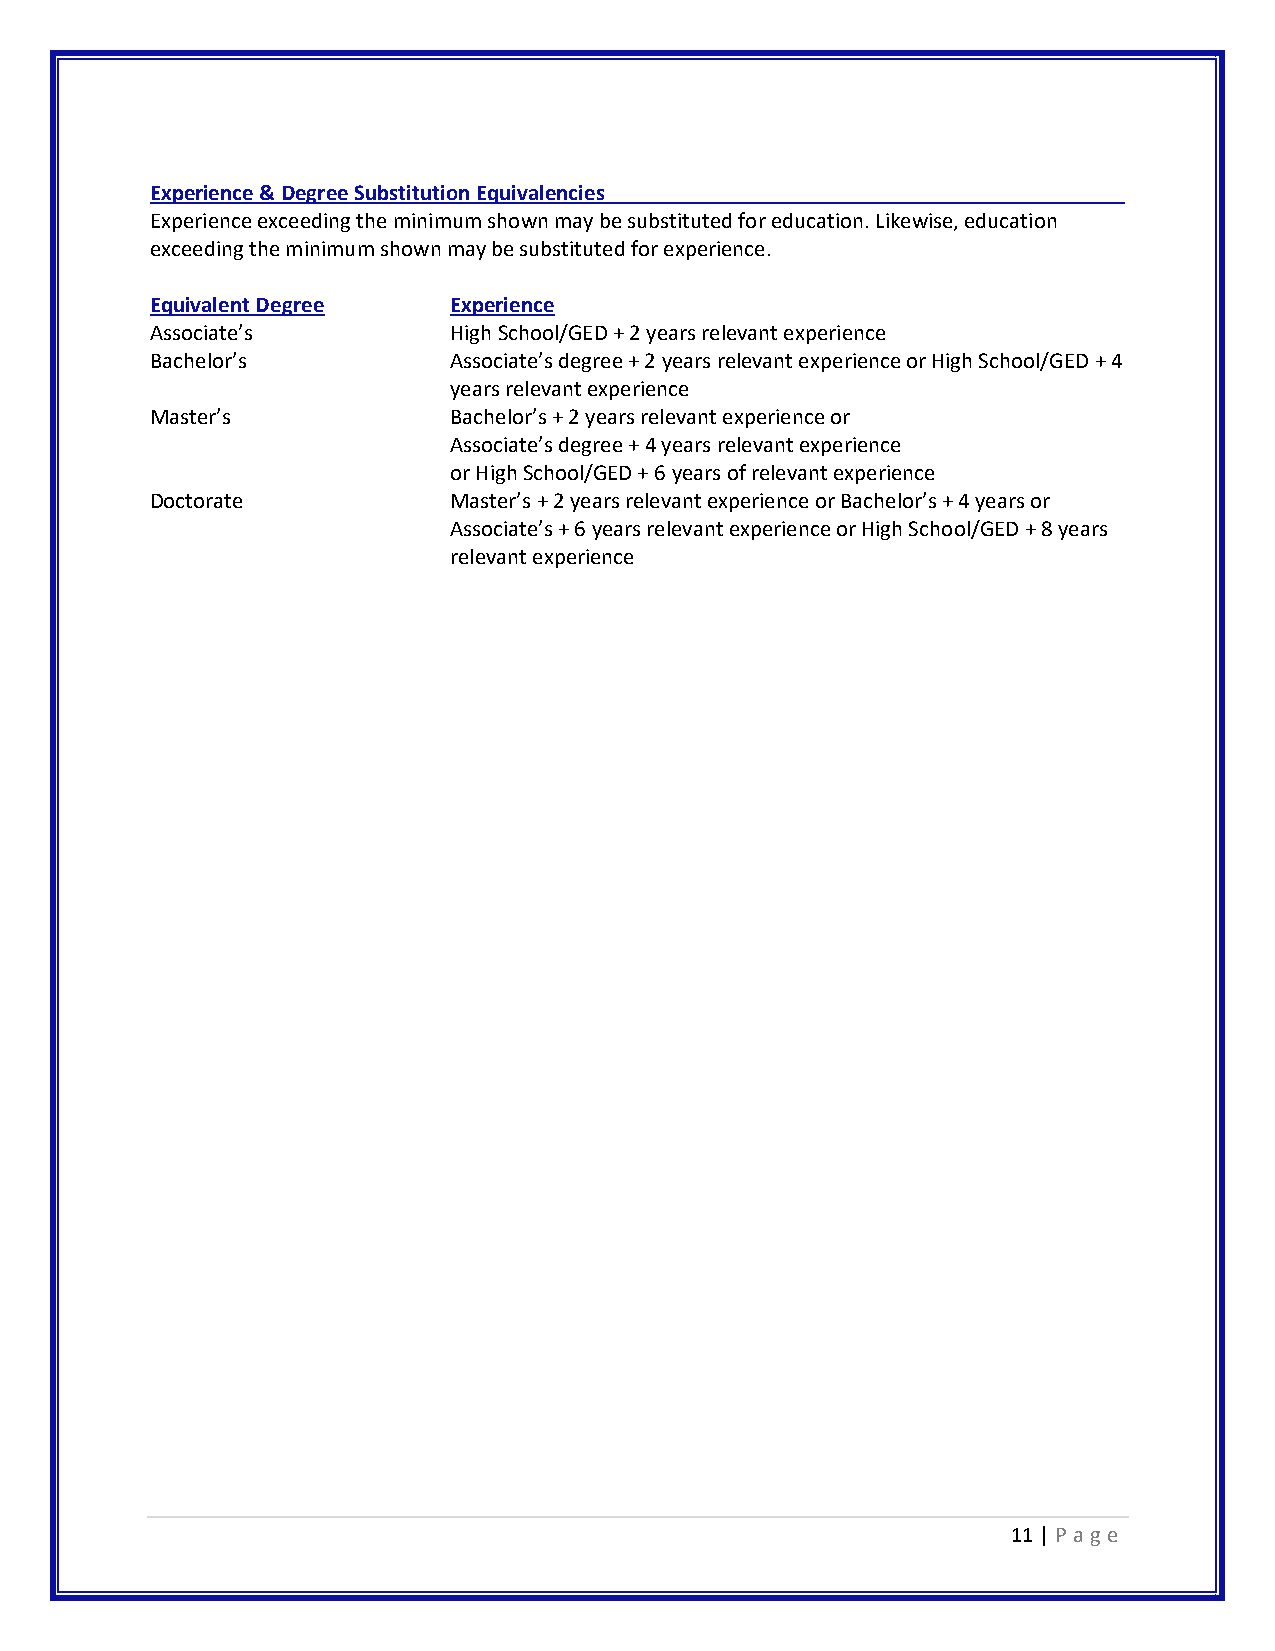
Experience & Degree Substitution Equivalencies
 Experience exceeding the minimum shown may be substituted for education. Likewise, education
 exceeding the minimum shown may be substituted for experience.
 Equivalent Degree   Experience
 Associate’s         High School/GED + 2 years relevant experience
 Bachelor’s          Associate’s degree + 2 years relevant experience or High School/GED + 4
 years relevant experience
 Master’s            Bachelor’s + 2 years relevant experience or
 Associate’s degree + 4 years relevant experience
 or High School/GED + 6 years of relevant experience
 Doctorate           Master’s + 2 years relevant experience or Bachelor’s + 4 years or
 Associate’s + 6 years relevant experience or High School/GED + 8 years
 relevant experience
 11 | P a ge